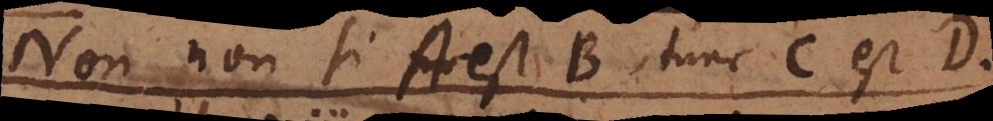
item Si A est B tunc C est D